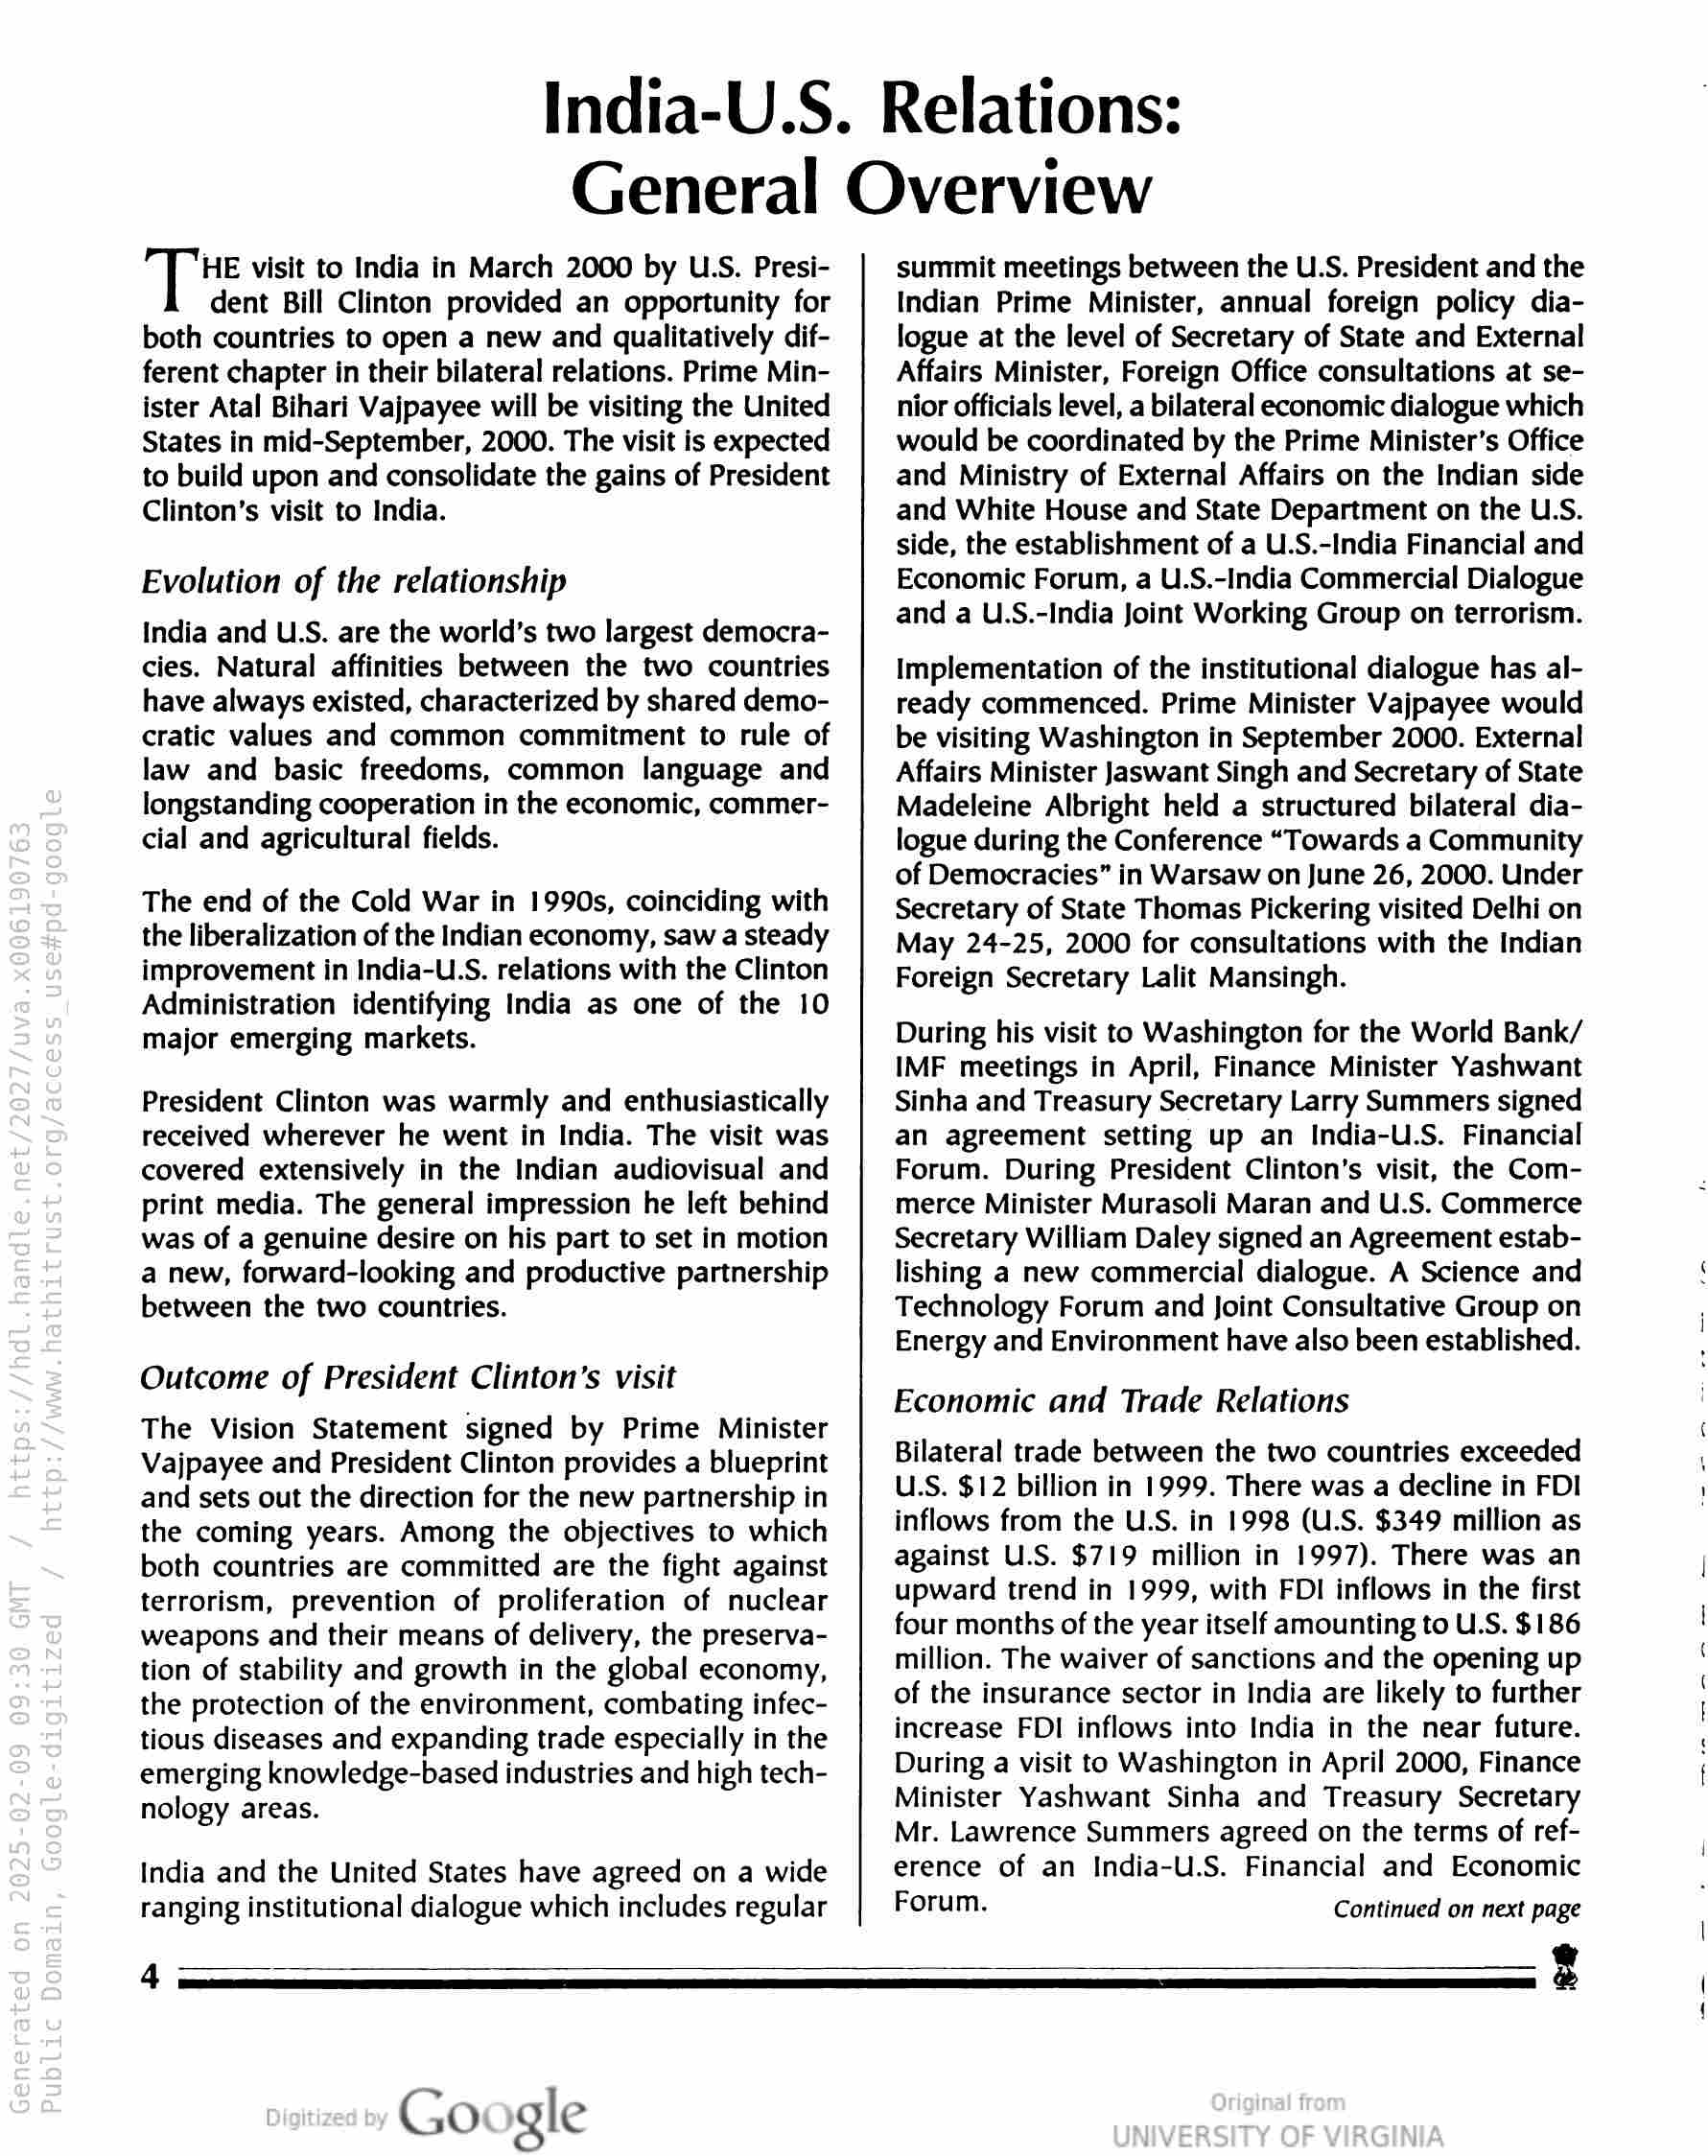
India-U.S. Relations:
General Overview

HE visit to India in March 2000 by US. Presi-

dent Bill Clinton provided an opportunity for
both countries to open a new and qualitatively dif-
ferent chapter in their bilateral relations. Prime Min-
ister Atal Bihari Vajpayee will be visiting the United
States in mid-September, 2000. The visit is expected
to build upon and consolidate the gains of President
Clinton's visit to India.

Evolution of the relationship

India and U.S. are the world’s two largest democra-
cies. Natural affinities between the two countries
have always existed, characterized by shared demo-
cratic values and common commitment to rule of
law and basic freedoms, common language and
longstanding cooperation in the economic, commer-
cial and agricultural fields.

The end of the Cold War in 1990s, coinciding with
the liberalization of the Indian economy, saw a steady
improvement in India-US. relations with the Clinton
Administration identifying India as one of the 10
major emerging markets.

President Clinton was warmly and enthusiastically
received wherever he went in India. The visit was
covered extensively in the Indian audiovisual and
print media. The general impression he left behind
was of a genuine desire on his part to set in motion
a new, forward-looking and productive partnership
between the two countries.

Outcome of President Clinton’s visit

The Vision Statement signed by Prime Minister
Vajpayee and President Clinton provides a blueprint
and sets out the direction for the new partnership in
the coming years. Among the objectives to which
both countries are committed are the fight against
terrorism, prevention of proliferation of nuclear
weapons and their means of delivery, the preserva-
tion of stability and growth in the global economy,
the protection of the environment, combating infec-
tious diseases and expanding trade especially in the
emerging knowledge-based industries and high tech-
nology areas.

India and the United States have agreed on a wide
ranging institutional dialogue which includes regular

summit meetings between the U.S. President and the
Indian Prime Minister, annual foreign policy dia-
logue at the level of Secretary of State and External
Affairs Minister, Foreign Office consultations at se-
nior officials level, a bilateral economic dialogue which
would be coordinated by the Prime Minister’s Office
and Ministry of External Affairs on the Indian side
and White House and State Department on the U.S.
side, the establishment of a U.S.-India Financial and
Economic Forum, a U.S.-India Commercial Dialogue
and a U.S.-India Joint Working Group on terrorism.

Implementation of the institutional dialogue has al-
ready commenced. Prime Minister Vajpayee would
be visiting Washington in September 2000. External
Affairs Minister Jaswant Singh and Secretary of State
Madeleine Albright held a structured bilateral dia-
logue during the Conference “Towards a Community
of Democracies” in Warsaw on June 26, 2000. Under
Secretary of State Thomas Pickering visited Delhi on
May 24-25, 2000 for consultations with the Indian
Foreign Secretary Lalit Mansingh.

During his visit to Washington for the World Bank/
IMF meetings in April, Finance Minister Yashwant
Sinha and Treasury Secretary Larry Summers signed
an agreement setting up an India-U.S. Financial
Forum. During President Clinton's visit, the Com-
merce Minister Murasoli Maran and U.S. Commerce
Secretary William Daley signed an Agreement estab-
lishing a new commercial dialogue. A Science and
Technology Forum and Joint Consultative Group on
Energy and Environment have also been established.

Economic and Trade Relations

Bilateral trade between the two countries exceeded
U.S. $12 billion in 1999. There was a decline in FDI
inflows from the U.S. in 1998 (U.S. $349 million as
against U.S. $719 million in 1997). There was an
upward trend in 1999, with FDI inflows in the first
four months of the year itself amounting to U.S. $186
million. The waiver of sanctions and the opening up
of the insurance sector in India are likely to further
increase FDI inflows into India in the near future.
During a visit to Washington in April 2000, Finance
Minister Yashwant Sinha and Treasury Secretary
Mr. Lawrence Summers agreed on the terms of ref-
erence of an India-U.S. Financial and Economic

Forum. Continued on next page

4

Go gle

3